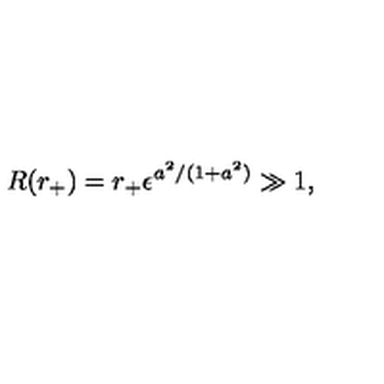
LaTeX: R ( r _ { + } ) = r _ { + } \epsilon ^ { a ^ { 2 } / ( 1 + a ^ { 2 } ) } \gg 1 ,